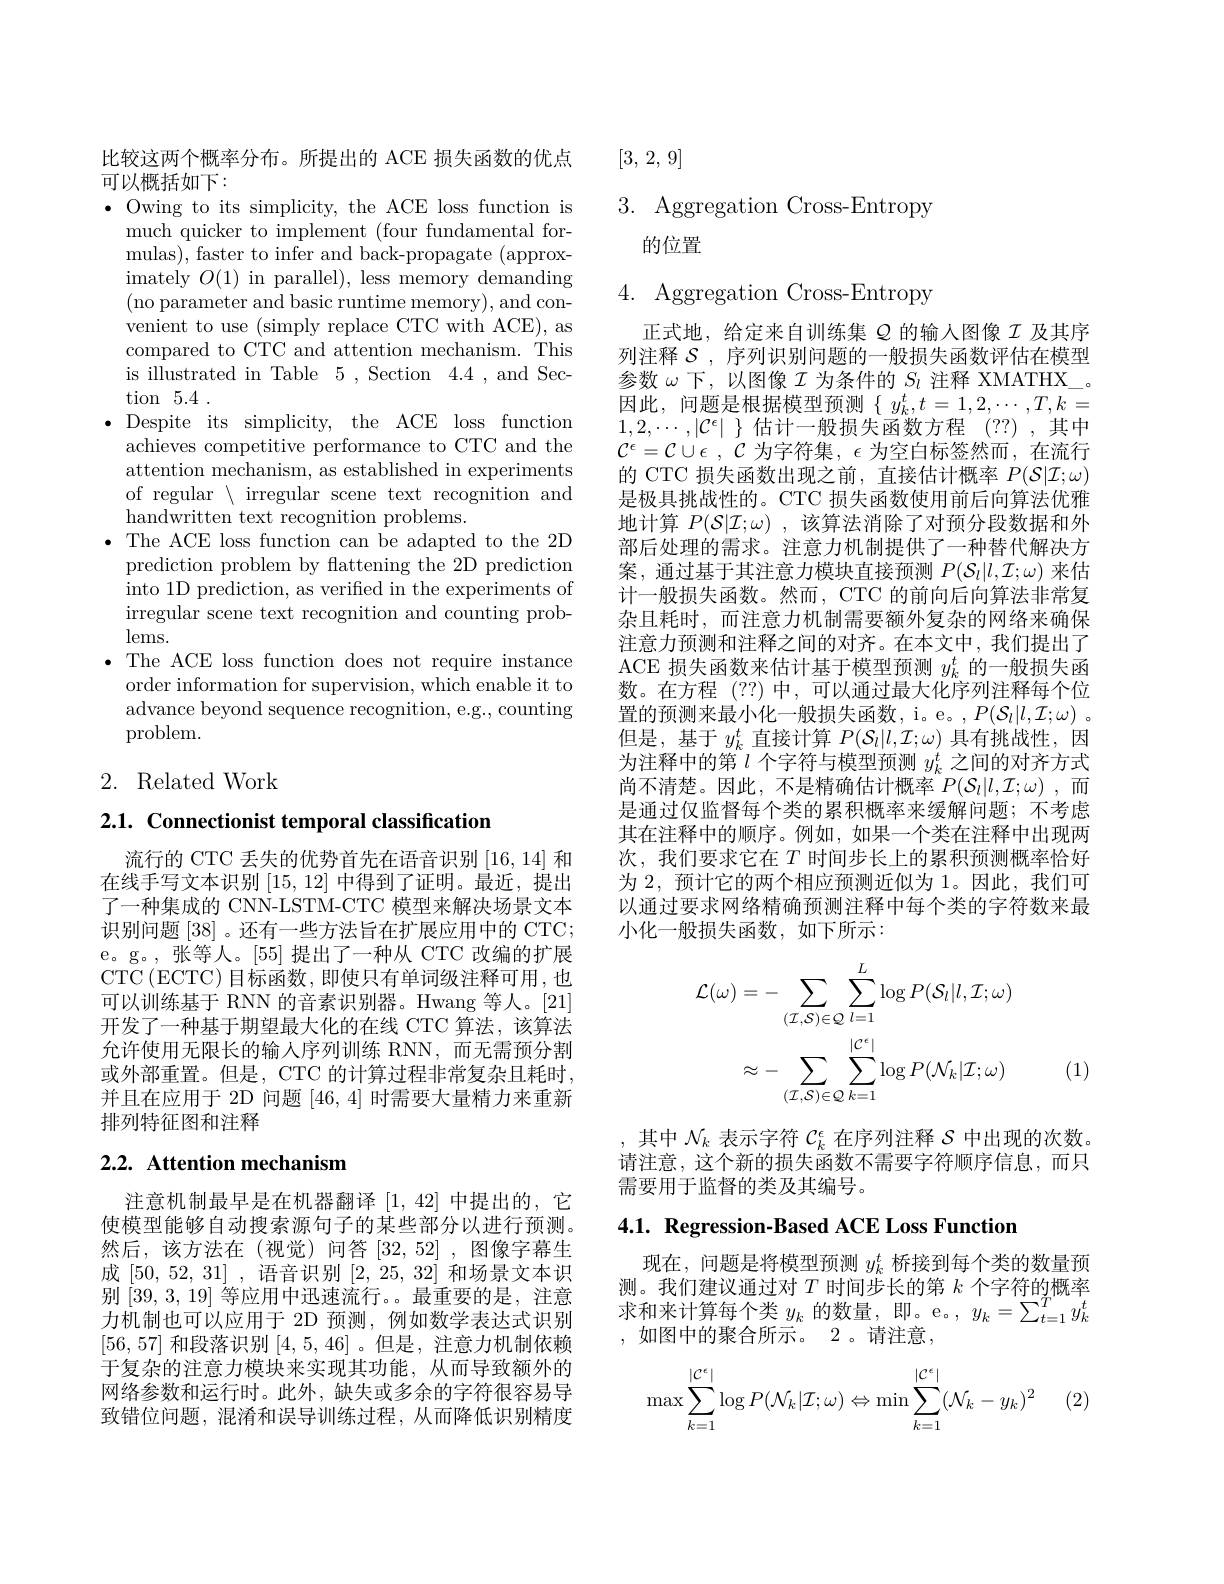
比较这两个概率分布。所提出的 ACE 损失函数的优点
可以概括如下：

$\bullet$ Owing to its simplicity, the ACE loss function is
much quicker to implement (four fundamental formulas), faster to infer and back-propagate (approximately $O(1)$ in parallel), less memory demanding (no parameter and basic runtime memory), and convenient to use (simply replace CTC with ACE), as compared to CTC and attention mechanism. This is illustrated in Table 5 , Section 4.4 , and Section 5.4 .
$\bullet$Despite its simplicity, the ACE loss function
achieves competitive performance to CTC and the attention mechanism, as established in experiments of regular $\setminus$ irregular scene text recognition and handwritten text recognition problems.
$\bullet$ The ACE loss function can be adapted to the 2D prediction problem by flattening the 2D prediction into 1D prediction, as verified in the experiments of irregular scene text recognition and counting problems.
${\mathrm{.}}{\mathrm{The~ACE~loss~function~does~not~require~instance}}$ order information for supervision, which enable it to advance beyond sequence recognition, e.g., counting problem.

## 2. Related Work

2.1. Connectionist temporal classification

流行的 CTC 丢失的优势首先在语音识别[16,14]和在线手写文本识别$\left[15,12\right]$中得到了证明。最近，提出了一种集成的 CNN-LSTM-CTC 模型来解决场景文本识别问题[38] 。还有一些方法旨在扩展应用中的 CTC; e。g。,张等人。[55]提出了一种从 CTC 改编的扩展CTC$\left(\mathrm{ECTC}\right)$目标函数，即使只有单词级注释可用，也可以训练基于 RNN 的音素识别器。Hwang 等人。[21] 开发了一种基于期望最大化的在线 CTC 算法，该算法允许使用无限长的输人序列训练 RNN,而无需预分割或外部重置。但是，CTC 的计算过程非常复杂且耗时， 并且在应用于 2D 问题[46,4]时需要大量精力来重新排列特征图和注释

# 2.2. Attention mechanism

注意机制最早是在机器翻译[1,42]中提出的，它使模型能够自动搜索源句子的某些部分以进行预测。然后，该方法在(视觉)问答[32,52],图像字幕生成[50, 52, 31] ,语音识别[2, 25, 32]和场景文本识别[39,3,19] 等应用中迅速流行。最重要的是，注意力机制也可以应用于 2D 预测，例如数学表达式识别[56,57]和段落识别[4,5,46] 。但是，注意力机制依赖于复杂的注意力模块来实现其功能，从而导致额外的网络参数和运行时。此外，缺失或多余的字符很容易导致错位问题，混淆和误导训练过程，从而降低识别精度

[3, 2, 9]

# 3. Aggregation Cross-Entropy 的位置

4. Aggregation Cross-Entropy

正式地，给定来自训练集$Q$的输入图像$I$及其序列注释$\mathcal{S}$ , 序列识别问题的一般损失函数评估在模型参数$\omega$下，以图像$I$为条件的$S_l$注释 XMATHX\_。因此，问题是根据模型预测$\{y_k^t,t=1,2,\cdots,T,k=$ $1,2,\cdots,|\mathcal{C}^\epsilon|$ $\}$估计一般损失函数方程 (??) ,其中$\mathcal{C} ^\epsilon = \mathcal{C} \cup \epsilon$ , $\mathcal{C}$ 为字符集，$\epsilon$ 为空白标签然而，在流行的 CTC 损失函数出现之前，直接估计概率$P(\mathcal{S}|\mathcal{I};\omega)$ 是极具挑战性的。CTC 损失函数使用前后向算法优雅地计算$P(\mathcal{S}|\mathcal{I};\omega)$ ,该算法消除了对预分段数据和外部后处理的需求。注意力机制提供了一种替代解决方案，通过基于其注意力模块直接预测$P(\mathcal{S}_l|l,\mathcal{I};\omega)$来估计一般损失函数。然而，CTC 的前向后向算法非常复杂且耗时，而注意力机制需要额外复杂的网络来确保注意力预测和注释之间的对齐。在本文中，我们提出了ACE 损失函数来估计基于模型预测$y_k^t$的一般损失函数。在方程 (??)中，可以通过最大化序列注释每个位置的预测来最小化一般损失函数，i。e。, $P(\mathcal{S}_l|l,\mathcal{I};\omega)$ 。但是，基于$y_k^t$直接计算$P(\mathcal{S}_l|l,\mathcal{I};\omega)$具有挑战性，因为注释中的第“$l$个字符与模型预测$y_k^t$之间的对齐方式尚不清楚。因此，不是精确估计概率$P( \mathcal{S} _l| l, \mathcal{I} ; \omega )$ ,而是通过仅监督每个类的累积概率来缓解问题；不考虑其在注释中的顺序。例如，如果一个类在注释中出现两次，我们要求它在$T$ 时间步长上的累积预测概率恰好为 2, 预计它的两个相应预测近似为 1。因此，我们可以通过要求网络精确预测注释中每个类的字符数来最小化一般损失函数，如下所示：
$$\begin{aligned}\mathcal{L}(\omega)&=-\sum_{(\mathcal{I},\mathcal{S})\in\mathcal{Q}}\sum_{l=1}^{L}\log P(\mathcal{S}_{l}|l,\mathcal{I};\omega)\\&\approx-\sum_{(\mathcal{I},\mathcal{S})\in\mathcal{Q}}\sum_{k=1}^{|\mathcal{C}^{\epsilon}|}\log P(\mathcal{N}_{k}|\mathcal{I};\omega)\end{aligned}$$
(1)

,其中$\mathcal{N}_k$表示字符$\mathcal{C}_k^\epsilon$在序列注释$\mathcal{S}$中出现的次数。请注意，这个新的损失函数不需要字符顺序信息，而只需要用于监督的类及其编号。

$4. 1. \textbf{ Regression- Based ACE Loss Function}$

现在，问题是将模型预测$y_k^t$桥接到每个类的数量预测。我们建议通过对$T$时间步长的第$k$个字符的概率求和来计算每个类$y_k$的数量，即。e。$,y_k=\sum_t=1^Ty_k^t$ ,如图中的聚合所示。2。请注意，

(2.
$$\max\sum_{k=1}^{|\mathcal{C}^{\epsilon}|}\log P(\mathcal{N}_{k}|\mathcal{I};\omega)\Leftrightarrow\min\sum_{k=1}^{|\mathcal{C}^{\epsilon}|}(\mathcal{N}_{k}-y_{k})^{2}$$